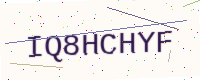
Text: IQ8HCHYF